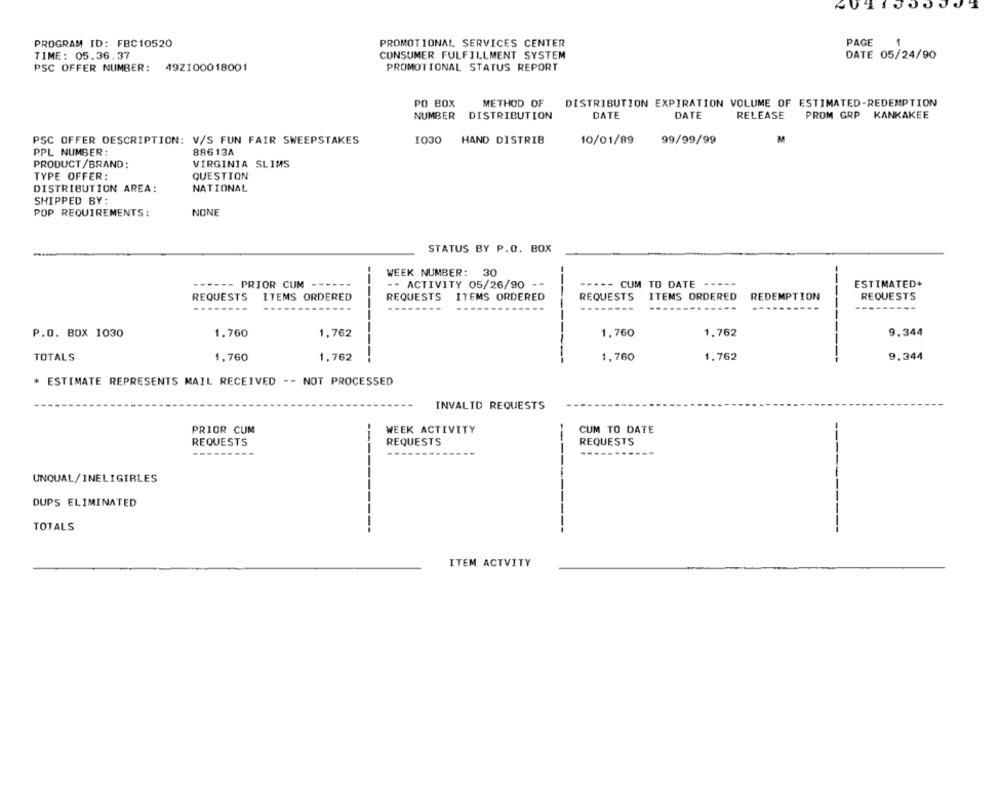
PAGE
PROGRAM ID: FBC10520
PROMOTIONAL SERVICES CENTER
1
TIME: 05.36.37
CONSUMER FULFILLMENT SYSTEM
DATE 05/24/90
PSC OFFER NUMBER: 49Z100018001
PROMOTIONAL STATUS REPORT
PO BOX
METHOD OF
DISTRIBUTION EXPIRATION VOLUME OF ESTIMATED-REDEMPTION
NUMBER
DISTRIBUTION
DATE
DATE
RELEASE
PROM GRP KANKAKEE
PSC OFFER DESCRIPTION: V/S FUN FAIR SWEEPSTAKES
1030
HAND DISTRIB
10/01/89
99/99/99
M
PPL NUMBER:
88613A
PRODUCT/BRAND:
VIRGINIA SLIMS
TYPE OFFER:
QUESTION
DISTRIBUTION AREA:
NATIONAL
SHIPPED BY:
POP REQUIREMENTS:
NONE
STATUS BY P.O. BOX
WEEK NUMBER: 30
--
------ PRIOR CUM ------
-- ACTIVITY 05/26/90 --
----- CUM TO DATE -----
ESTIMATED*
REQUESTS
ITEMS ORDERED
REQUESTS
ITEMS ORDERED
REQUESTS
ITEMS ORDERED
REDEMPTION
----
REQUESTS
---
P.O. BOX 1030
1.760
1,762
1,760
1.762
9.344
TOTALS
1,760
1,762
1,760
1,762
--
9.344
* ESTIMATE REPRESENTS MAIL RECEIVED -- NOT PROCESSED
INVALID REQUESTS
PRIOR CUM
WEEK ACTIVITY
CUM TO DATE
REQUESTS
REQUESTS
REQUESTS
----
UNQUAL/INELIGIBLES
DUPS ELIMINATED
TOTALS
ITEM ACTVITY